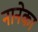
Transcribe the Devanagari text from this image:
नानेका